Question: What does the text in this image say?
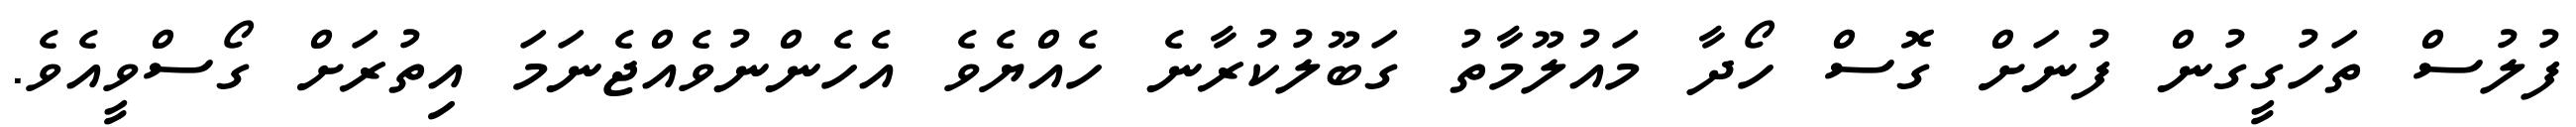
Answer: ފުލުސް ތަހުގީގުން ފުނަށް ގޮސް ހޯދާ މައުލޫމާތު ގަބޫލުކުރާނެ ހެއްޔެވެ އެހެންނުވެއްޖެނަމަ އިތުރަށް ގޯސްވީއެވެ.